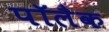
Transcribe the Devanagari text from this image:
पॉलैक